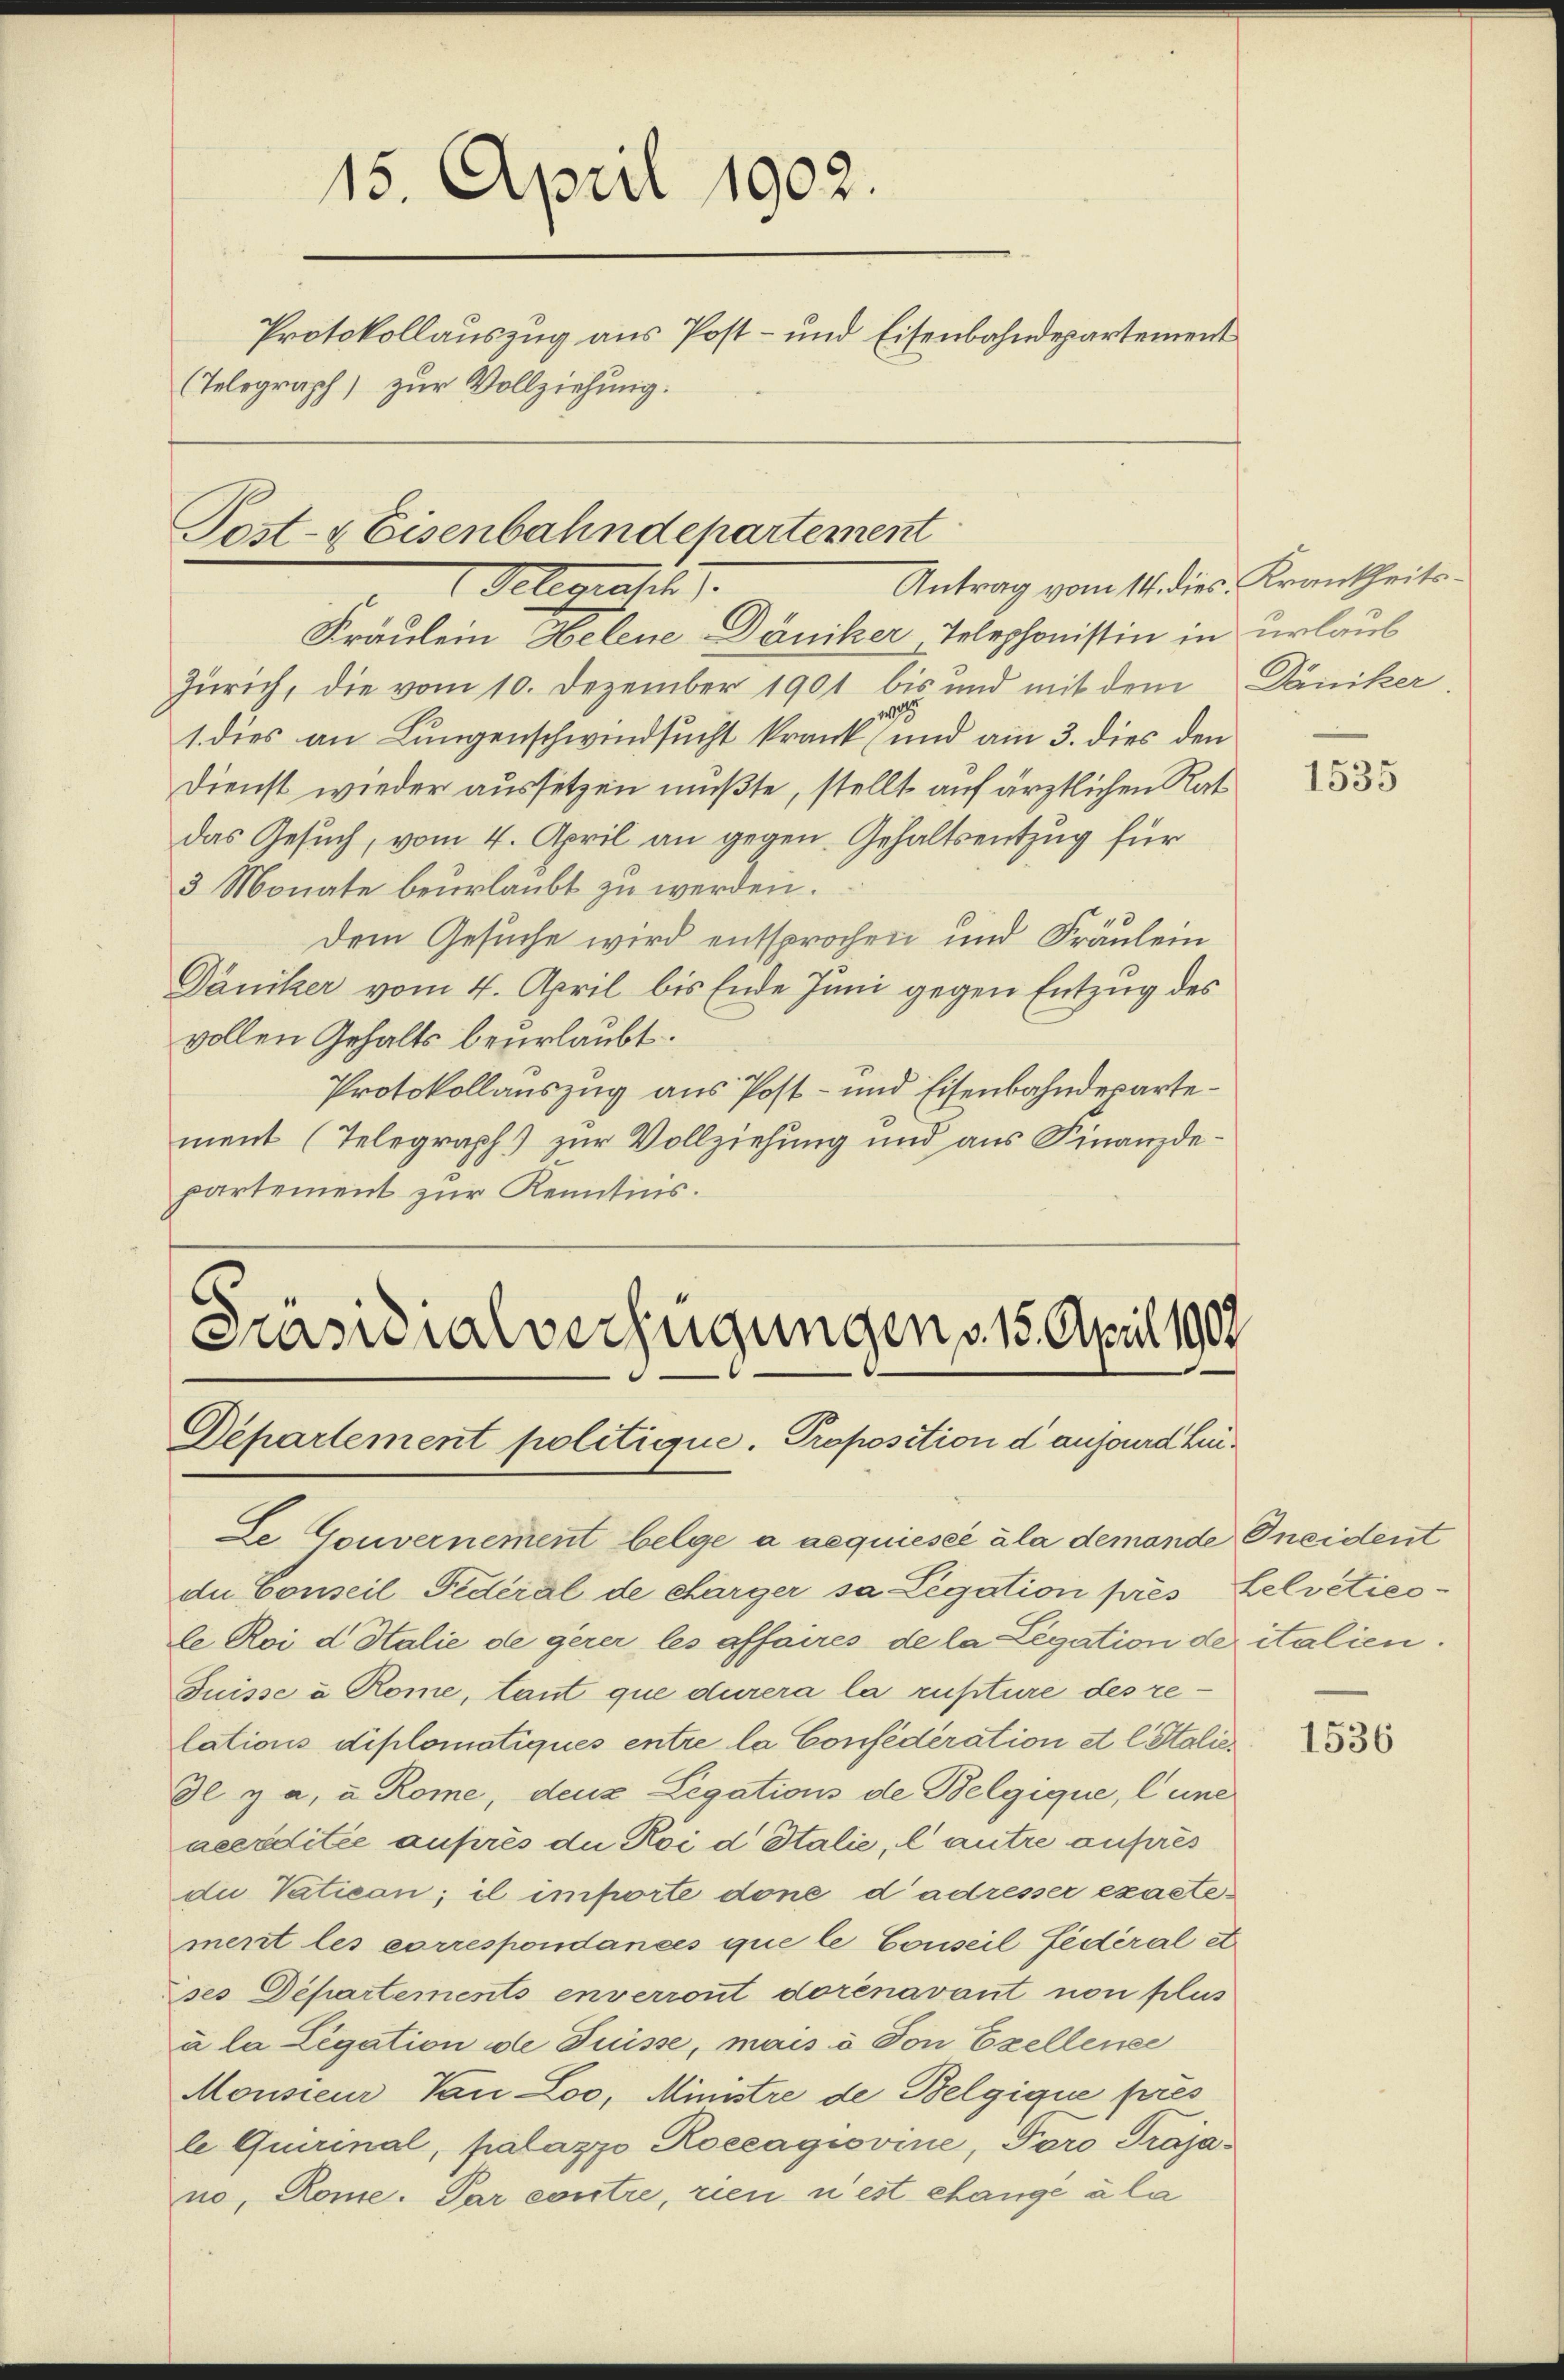
15. April 1902.
Protokollauszug aus Post- und Eisenbahndepartement
(Telegraph) zur Vollziehung.

Post- & Eisenbahndepartement
Antrag vom 14. dies Krankheits¬
Gelegensch

Fräulein Helene Däniker, Telephonistin in urlaub
Zürich, die vom 10. Dezember 1901 bis und mit dem Däniker.
wa
1. dies an Lungenschwindsucht krank (und am 3. dies den
Dienst wieder aussetzen mußte, stellt auf ärztlichen Rat
das Gesuch, vom 4. April an gegen. Gehaltsentzug für
3 Monate beurlaubt zu werden.
dem Gesuche wird entsprochen und Fräulein
Däniker vom 4. April bis Ende Juni gegen Entzug des
vollen Gehalts beurlaubt.
Protokollauszug aus Post- und Eisenbahndepartement (Telegraph) zur Vollziehung und aus Finanzdepartement zur Kenntnis.

Präsidialverfügungen v. 15. April 1909
Departement politique. Proposition d aufourd hin¬

Se Gouvernement belge a aequiesce ála demande Gneident
die Conseil Federal de charger sa Legation pres Helveties-
le Roi d Italie de gerer les affaires de la Legation der italien.
Puisse à Rome, tant que durera la ruftüre des relations diplomatiques entre la Confederation et l. Stalie
Il y a. u. Rome, deux Legations de Belgique, l une
aeerditée auprès die Roi d Italie, lautre aufres
du Vatican; il importe done d’adresser exactement les correspondances que le Conseil fédéral et
ses Departements enverront dorénavant non plus
à la Legation de Füsse, mais à Von Exellence
Monsieur, Van Loo, Ministre de Belgique pres
le Quirinal, palazzo Roecagiovine, Foro Praja
no, Rome. Par contre, rien u est change ala

1535

1536